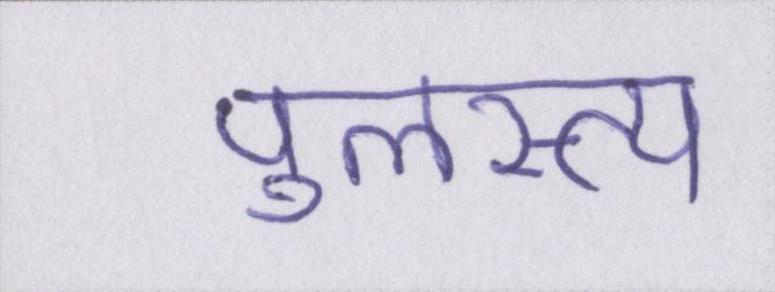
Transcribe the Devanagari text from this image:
पुलस्त्य